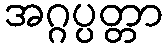
အဂ္ဂပ္ပတ္တာ